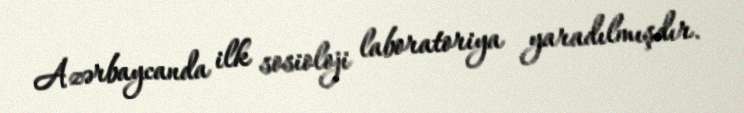
Azərbaycanda ilk sosioloji laboratoriya yaradılmışdır.